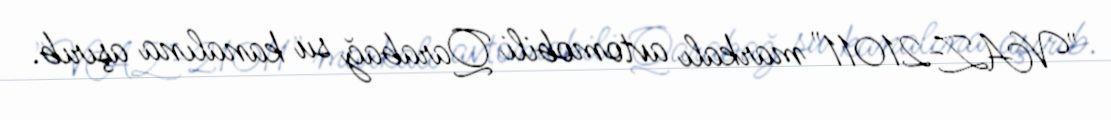
"VAZ-21011" markalı avtomobili Qarabağ su kanalına aşırıb.